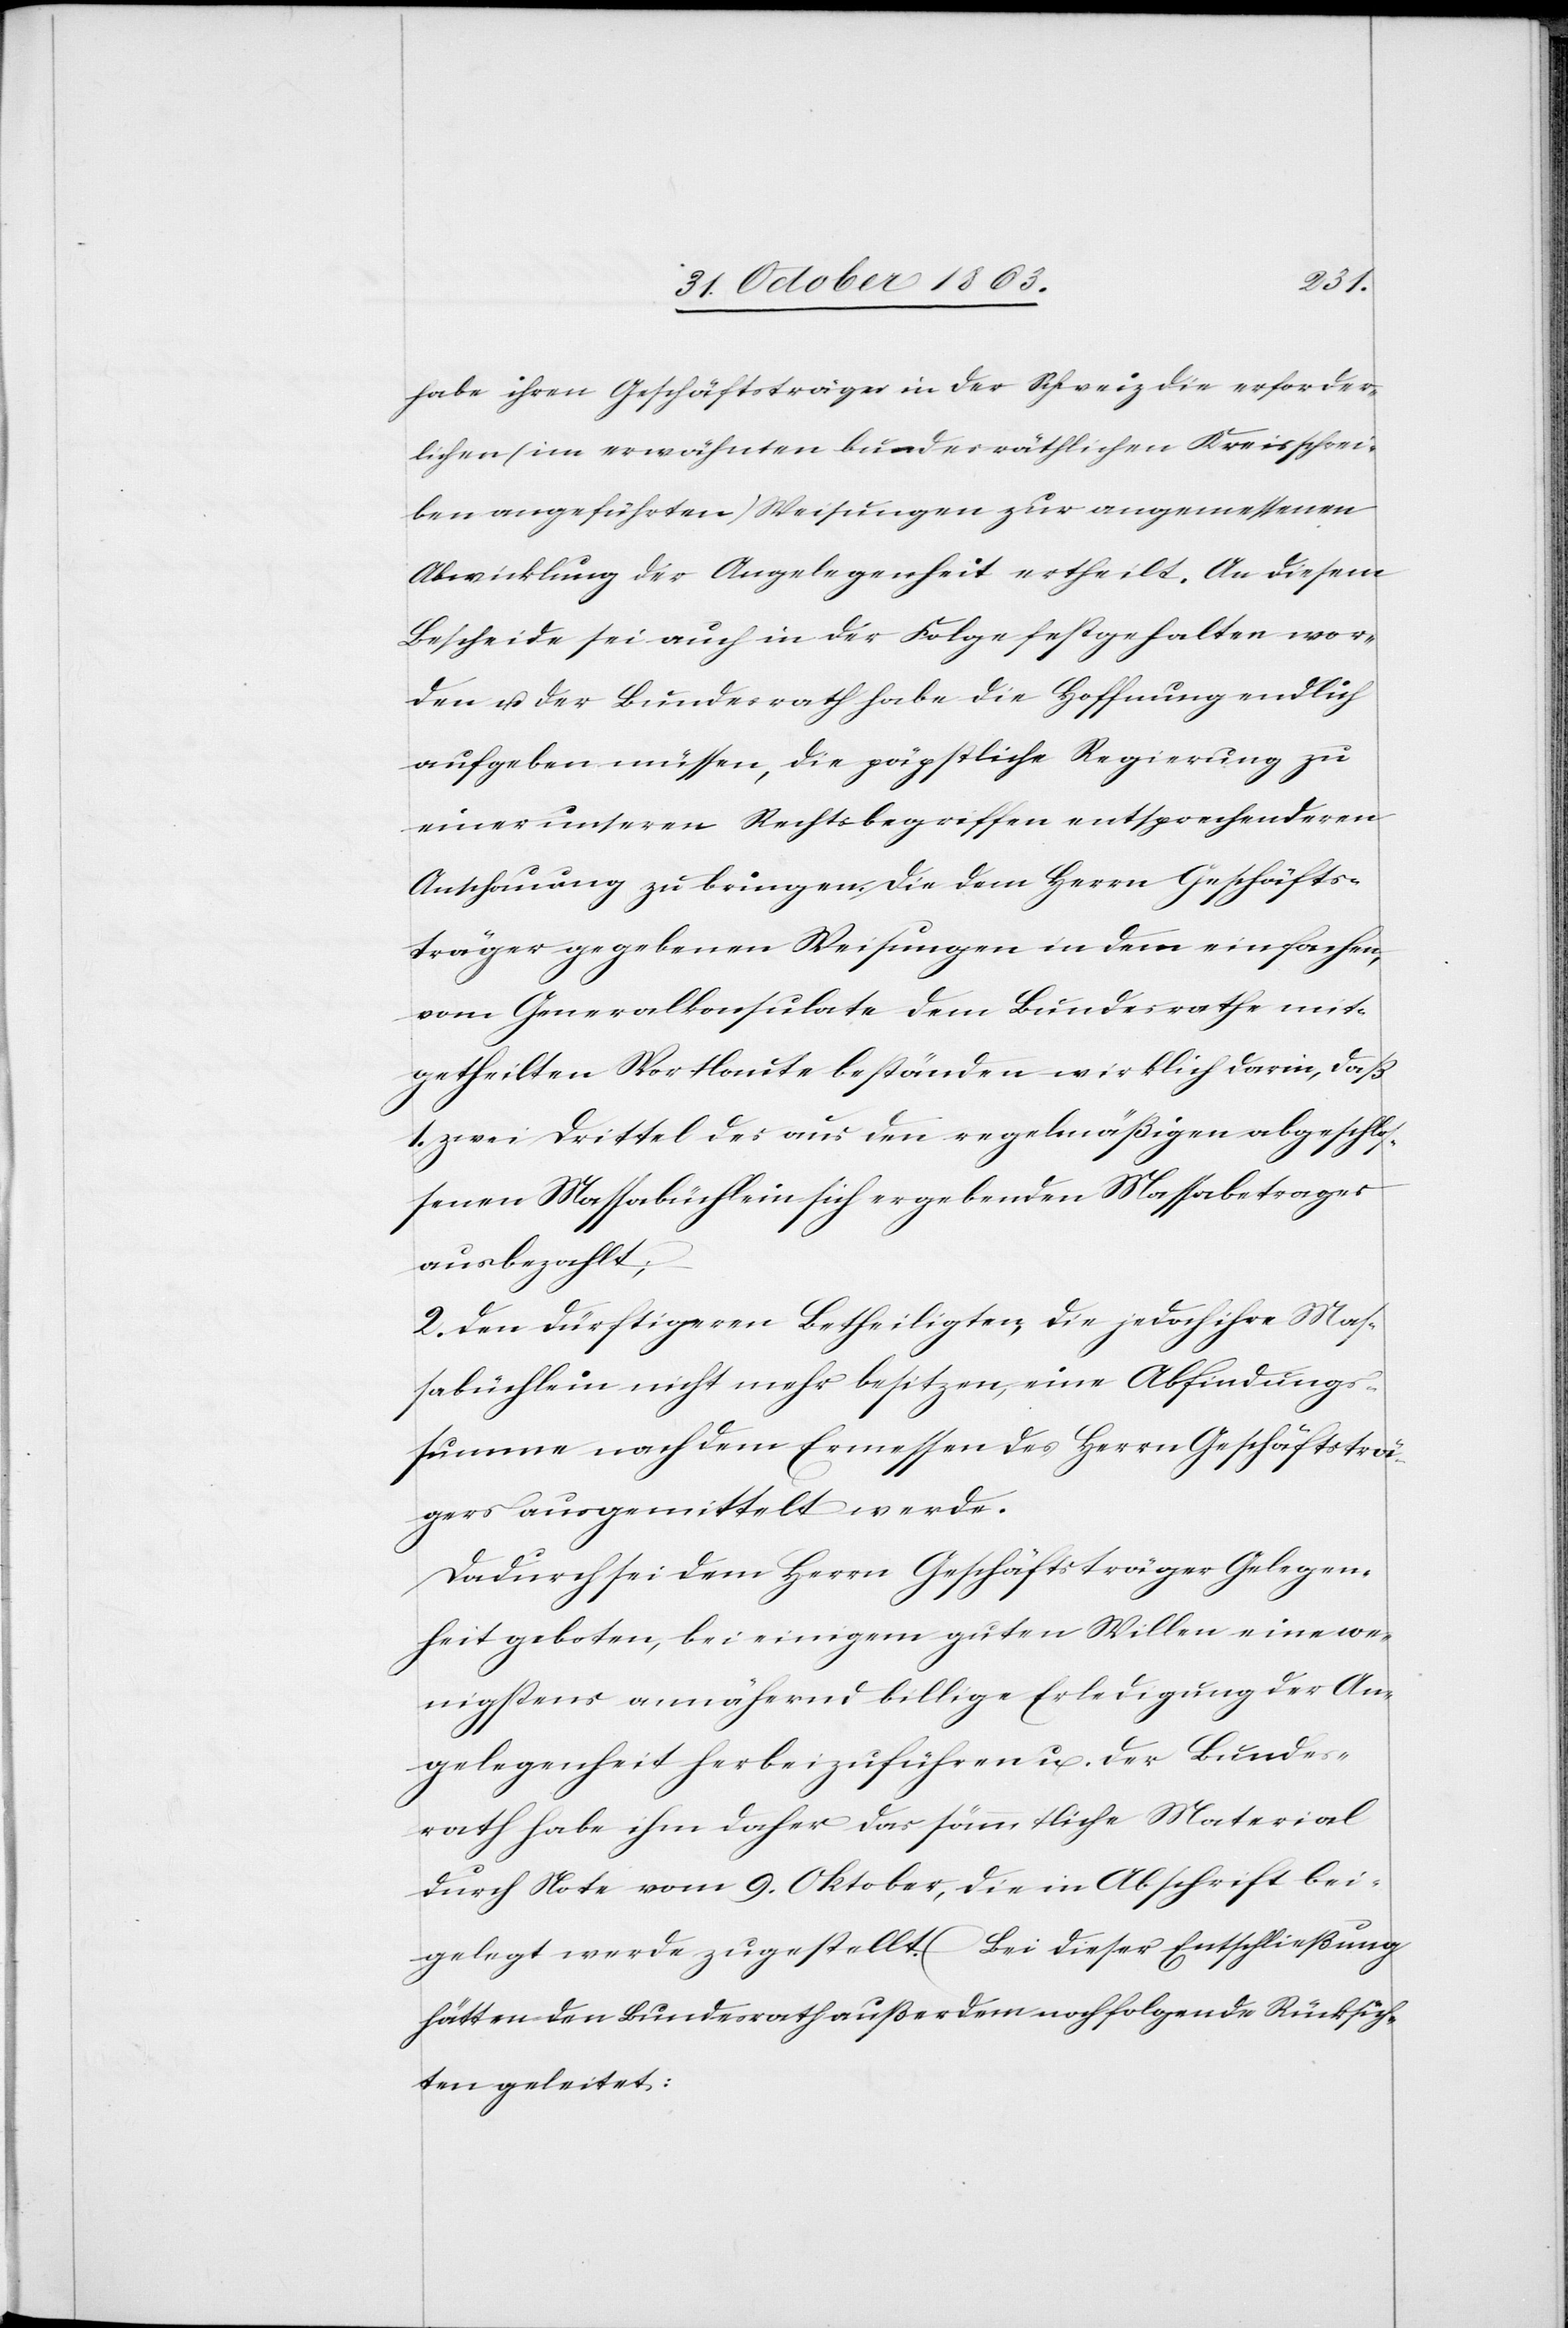
habe ihren Geschäftsträger in der Schweiz die erforder¬
lichen (im erwähnten bundesräthlichen Kreisschrei¬
ben angeführten) Weisungen zur angemessenen
Abwicklung der Angelegenheit ertheilt. An diesem
Bescheide sei auch in der Folge festgehalten wor¬
den u. der Bundesrath habe die Hoffnung endlich
aufgeben müssen, die päpstliche Regierung zu
einer unseren Rechtsbegriffen entsprechenderen
Anschauung zu bringen. Die dem Herrn Geschäfts¬
träger gegebenen Weisungen in dem einfachen,
vom Generalkonsulate dem Bundesrathe mit¬
getheilten Wortlaute beständen wirklich darin, daß
1. zwei Drittel des aus den regelmäßigen abgeschlos¬
senen Massabüchlein sich ergebenden Massabetrages
ausbezahlt;
2. den dürftigeren Betheiligten, die jedoch ihre Mas¬
sabüchlein nicht mehr besitzen, eine Abfindungs¬
summe nach dem Ermessen des Herrn Geschäftsträ¬
gers ausgemittelt werde.
Dadurch sei dem Herrn Geschäftsträger Gelegen¬
heit geboten, bei einigem guten Willen eine we¬
nigstens annähernd billige Erledigung der An¬
gelegenheit herbeizuführen u. der Bundes¬
rath habe ihm daher das sämmtliche Material
durch Note vom 9. Oktober, die in Abschrift bei¬
gelegt werde zugestellt. Bei dieser Entschließung
hätten den Bundesrath außerdem noch folgende Rücksich¬
ten geleitet: